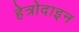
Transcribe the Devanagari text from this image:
हेत्रोदाइन